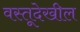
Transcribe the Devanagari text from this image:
वस्तूदेखील